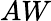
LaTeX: AW